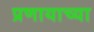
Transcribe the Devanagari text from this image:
प्रणायाच्या